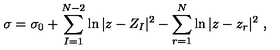
\sigma = \sigma _ { 0 } + \sum _ { I = 1 } ^ { N - 2 } \ln | z - Z _ { I } | ^ { 2 } - \sum _ { r = 1 } ^ { N } \ln | z - z _ { r } | ^ { 2 } \ ,